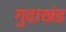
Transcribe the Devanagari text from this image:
गुदाखंड